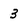
Character: 3